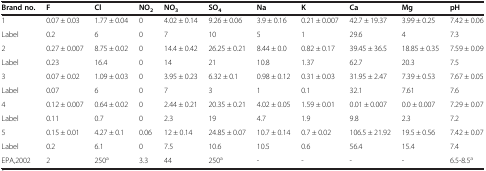
<table><thead><tr><td><b>Brand no.</b></td><td><b>F</b></td><td><b>Cl</b></td><td><b>NO<sub>2</sub></b></td><td><b>NO<sub>3</sub></b></td><td><b>SO<sub>4</sub></b></td><td><b>Na</b></td><td><b>K</b></td><td><b>Ca</b></td><td><b>Mg</b></td><td><b>pH</b></td></tr></thead><tbody><tr><td>1</td><td>0.07 ± 0.03</td><td>1.77 ± 0.04</td><td>0</td><td>4.02 ± 0.14</td><td>9.26 ± 0.06</td><td>3.9 ± 0.16</td><td>0.21 ± 0.007</td><td>42.7 ± 19.37</td><td>3.99 ± 0.25</td><td>7.42 ± 0.06</td></tr><tr><td>Label</td><td>0.2</td><td>6</td><td>0</td><td>7</td><td>10</td><td>5</td><td>1</td><td>29.6</td><td>4</td><td>7.3</td></tr><tr><td>2</td><td>0.27 ± 0.007</td><td>8.75 ± 0.02</td><td>0</td><td>14.4 ± 0.42</td><td>26.25 ± 0.21</td><td>8.44 ± 0.0</td><td>0.82 ± 0.17</td><td>39.45 ± 36.5</td><td>18.85 ± 0.35</td><td>7.59 ± 0.09</td></tr><tr><td>Label</td><td>0.23</td><td>16.4</td><td>0</td><td>14</td><td>21</td><td>10.8</td><td>1.37</td><td>62.7</td><td>20.3</td><td>7.5</td></tr><tr><td>3</td><td>0.07 ± 0.02</td><td>1.09 ± 0.03</td><td>0</td><td>3.95 ± 0.23</td><td>6.32 ± 0.1</td><td>0.98 ± 0.12</td><td>0.31 ± 0.03</td><td>31.95 ± 2.47</td><td>7.39 ± 0.53</td><td>7.67 ± 0.05</td></tr><tr><td>Label</td><td>0.07</td><td>6</td><td>0</td><td>7</td><td>3</td><td>1</td><td>0.1</td><td>32.1</td><td>7.61</td><td>7.6</td></tr><tr><td>4</td><td>0.12 ± 0.007</td><td>0.64 ± 0.02</td><td>0</td><td>2.44 ± 0.21</td><td>20.35 ± 0.21</td><td>4.02 ± 0.05</td><td>1.59 ± 0.01</td><td>0.01 ± 0.007</td><td>0.0 ± 0.007</td><td>7.29 ± 0.07</td></tr><tr><td>Label</td><td>0.11</td><td>0.7</td><td>0</td><td>2.3</td><td>19</td><td>4.7</td><td>1.9</td><td>9.8</td><td>2.3</td><td>7.2</td></tr><tr><td>5</td><td>0.15 ± 0.01</td><td>4.27 ± 0.1</td><td>0.06</td><td>12 ± 0.14</td><td>24.85 ± 0.07</td><td>10.7 ± 0.14</td><td>0.7 ± 0.02</td><td>106.5 ± 21.92</td><td>19.5 ± 0.56</td><td>7.42 ± 0.07</td></tr><tr><td>Label</td><td>0.2</td><td>6.1</td><td>0</td><td>7.5</td><td>10.6</td><td>10.5</td><td>0.6</td><td>56.4</td><td>15.4</td><td>7.4</td></tr><tr><td>EPA,2002</td><td>2</td><td>250<sup>a</sup></td><td>3.3</td><td>44</td><td>250<sup>a</sup></td><td>-</td><td>-</td><td>-</td><td>-</td><td>6.5-8.5<sup>a</sup></td></tr></tbody></table>